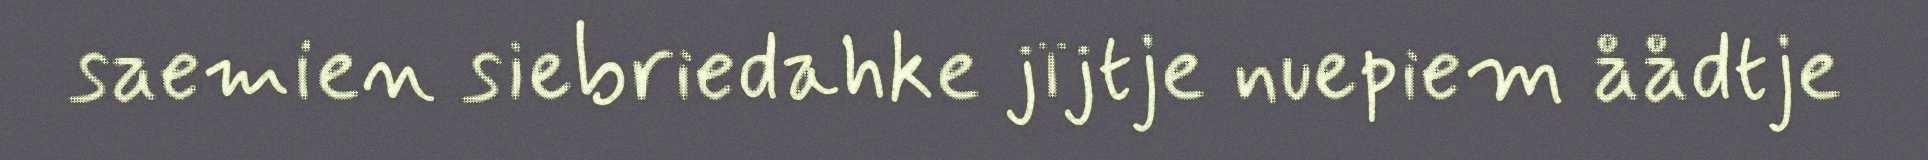
saemien siebriedahke jïjtje nuepiem åådtje